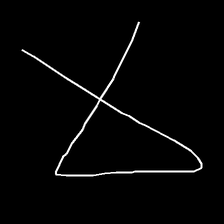
Glyph: collection